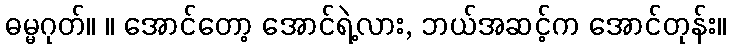
ဓမ္မဂုတ်။ ။ အောင်တော့ အောင်ရဲ့လား, ဘယ်အဆင့်က အောင်တုန်း။